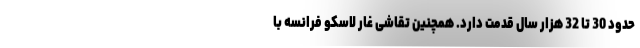
حدود 30 تا 32 هزار سال قدمت دارد. همچنین تقاشی غار لاسکو فرانسه با